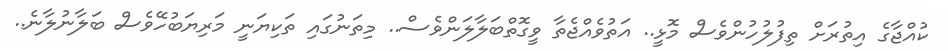
ކުއްޖާގެ އިތުރަށް ތިފުލުހުންވެސް މޮޅީ.. އަތުވެއްޖެތާ ވީގޮތްބަލާލަންވެސް.. މިތަނުގައި ތަކިޔަނީ މަރިޔަބުހޭވެސް ބަލާނުލާނެ..